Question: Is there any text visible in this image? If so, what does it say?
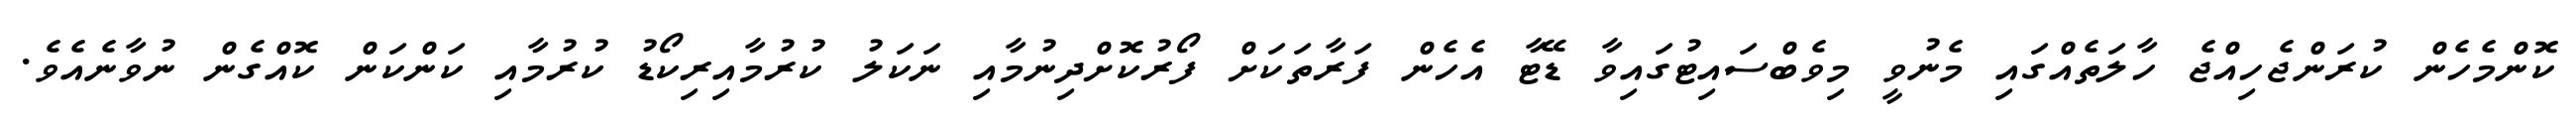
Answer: ކޮންމެހެން ކުރަންޖެހިއްޖެ ހާލަތެއްގައި މެނުވީ މިވެބްސައިޓުގައިވާ ޑޭޓާ އެހެން ފަރާތަކަށް ފޯރުކޮށްދިނުމާއި ނަކަލު ކުރުމާއިރިކޯޑު ކުރުމާއި ކަންކަން ކޮއްގެން ނުވާނެއެވެ.